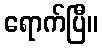
ရောက်ပြီ။